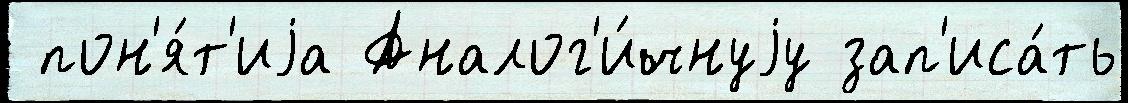
 пон'я́т'иjа Аналог'и́чнуjу зап'иса́ть